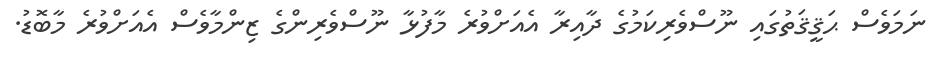
ނަމަވެސް ޙަޤީޤަތުގައި ނޫސްވެރިކަމުގެ ދާއިރާ އެއަށްވުރެ މާފުޅާ ނޫސްވެރިންގެ ޒިންމާވެސް އެއަށްވުރެ މާބޮޑު.